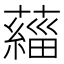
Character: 𫊄